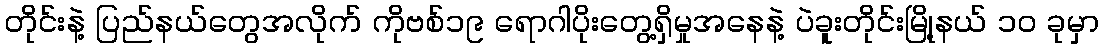
တိုင်းနဲ့ ပြည်နယ်တွေအလိုက် ကိုဗစ်၁၉ ရောဂါပိုးတွေ့ရှိမှုအနေနဲ့ ပဲခူးတိုင်းမြို့နယ် ၁၀ ခုမှာ